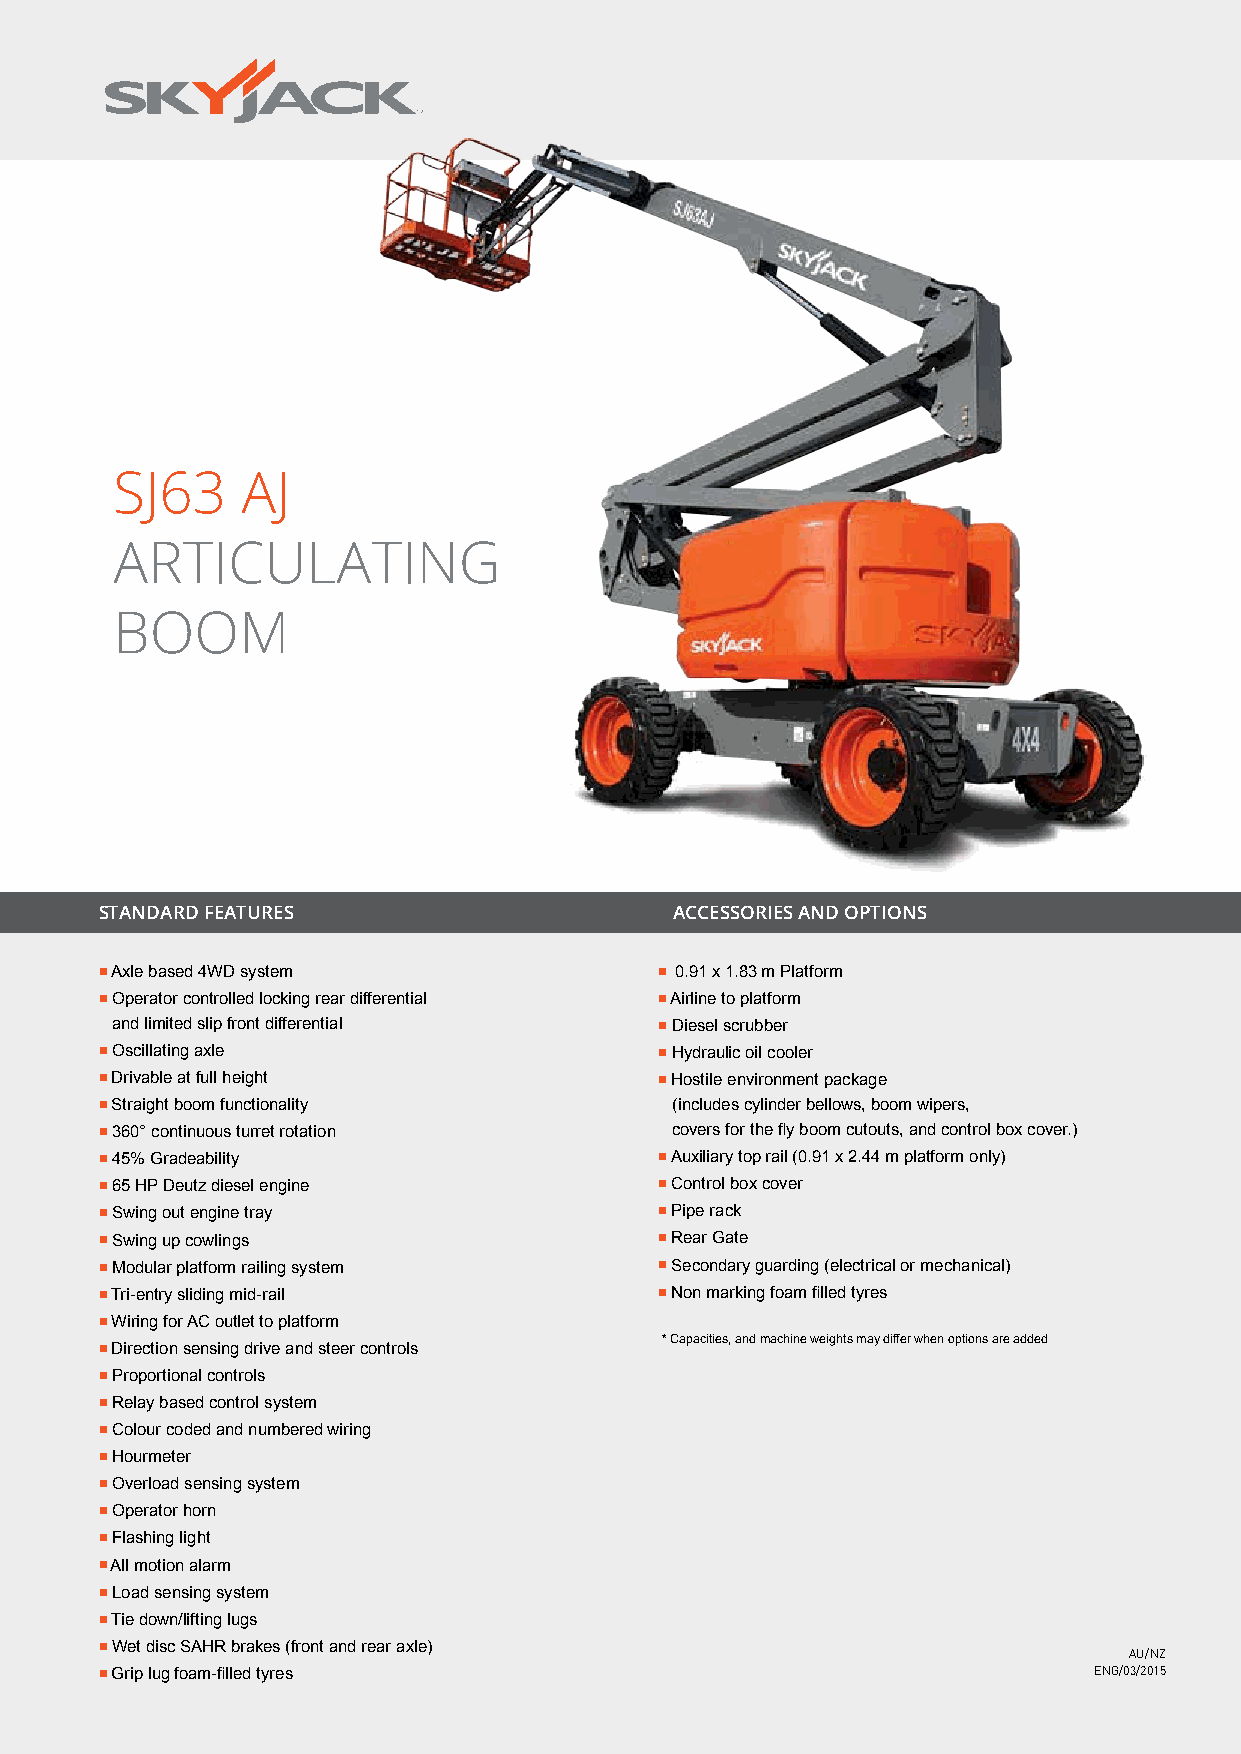
SJ63     AJ
 ARTICULATING
 BOOM
 STANDARD FEATURES                     ACCESSORIES AND OPTIONS
 ■ Axle based 4WD system              ■ 0.91 x 1.83 m Platform
 ■ Operator controlled locking rear differential ■ Airline to platform
 and limited slip front differential  ■ Diesel scrubber
 ■ Oscillating axle                   ■ Hydraulic oil cooler
 ■ Drivable at full height            ■ Hostile environment package
 ■ Straight boom functionality        (includes cylinder bellows, boom wipers,
 ■ 360° continuous turret rotation    covers for the fly boom cutouts, and control box cover.)
 ■ 45% Gradeability                   ■ Auxiliary top rail (0.91 x 2.44 m platform only)
 ■ 65 HP Deutz diesel engine          ■ Control box cover
 ■ Swing out engine tray              ■ Pipe rack
 ■ Swing up cowlings                  ■ Rear Gate
 ■ Modular platform railing system    ■ Secondary guarding (electrical or mechanical)
 ■ Tri-entry sliding mid-rail         ■ Non marking foam filled tyres
 ■ Wiring for AC outlet to platform
 * Capacities, and machine weights may differ when options are added
 ■ Direction sensing drive and steer controls
 ■ Proportional controls
 ■ Relay based control system
 ■ Colour coded and numbered wiring
 ■ Hourmeter
 ■ Overload sensing system
 ■ Operator horn
 ■ Flashing light
 ■ All motion alarm
 ■ Load sensing system
 ■ Tie down/lifting lugs
 ■ Wet disc SAHR brakes (front and rear axle)
 AU/NZ
 ■ Grip lug foam-filled tyres                                     ENG/03/2015